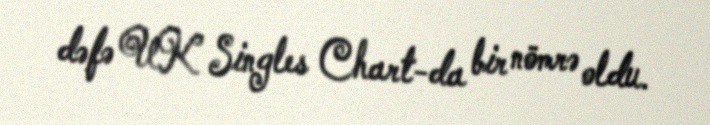
dəfə UK Singles Chart-da bir nömrə oldu.